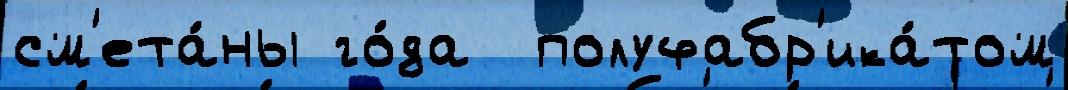
см'ета́ны го́да  полуфабр'ика́том